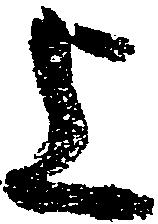
上